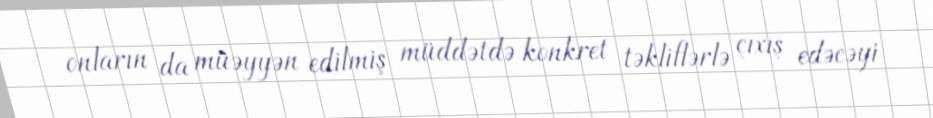
onların da müəyyən edilmiş müddətdə konkret təkliflərlə çıxış edəcəyi